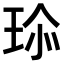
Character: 𤤽